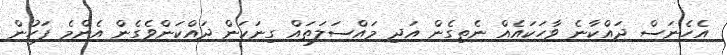
އެހެނަސް ދައްކާނެ ވާހަކައެއް ނެތިގެން އަދި މައްސަލަތައް ގިނަކަން ދައްކަންވެގެން އެންމެ ފަހުން